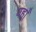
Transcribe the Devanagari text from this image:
यहा़ँ